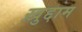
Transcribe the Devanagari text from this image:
ख़ुद्दाम